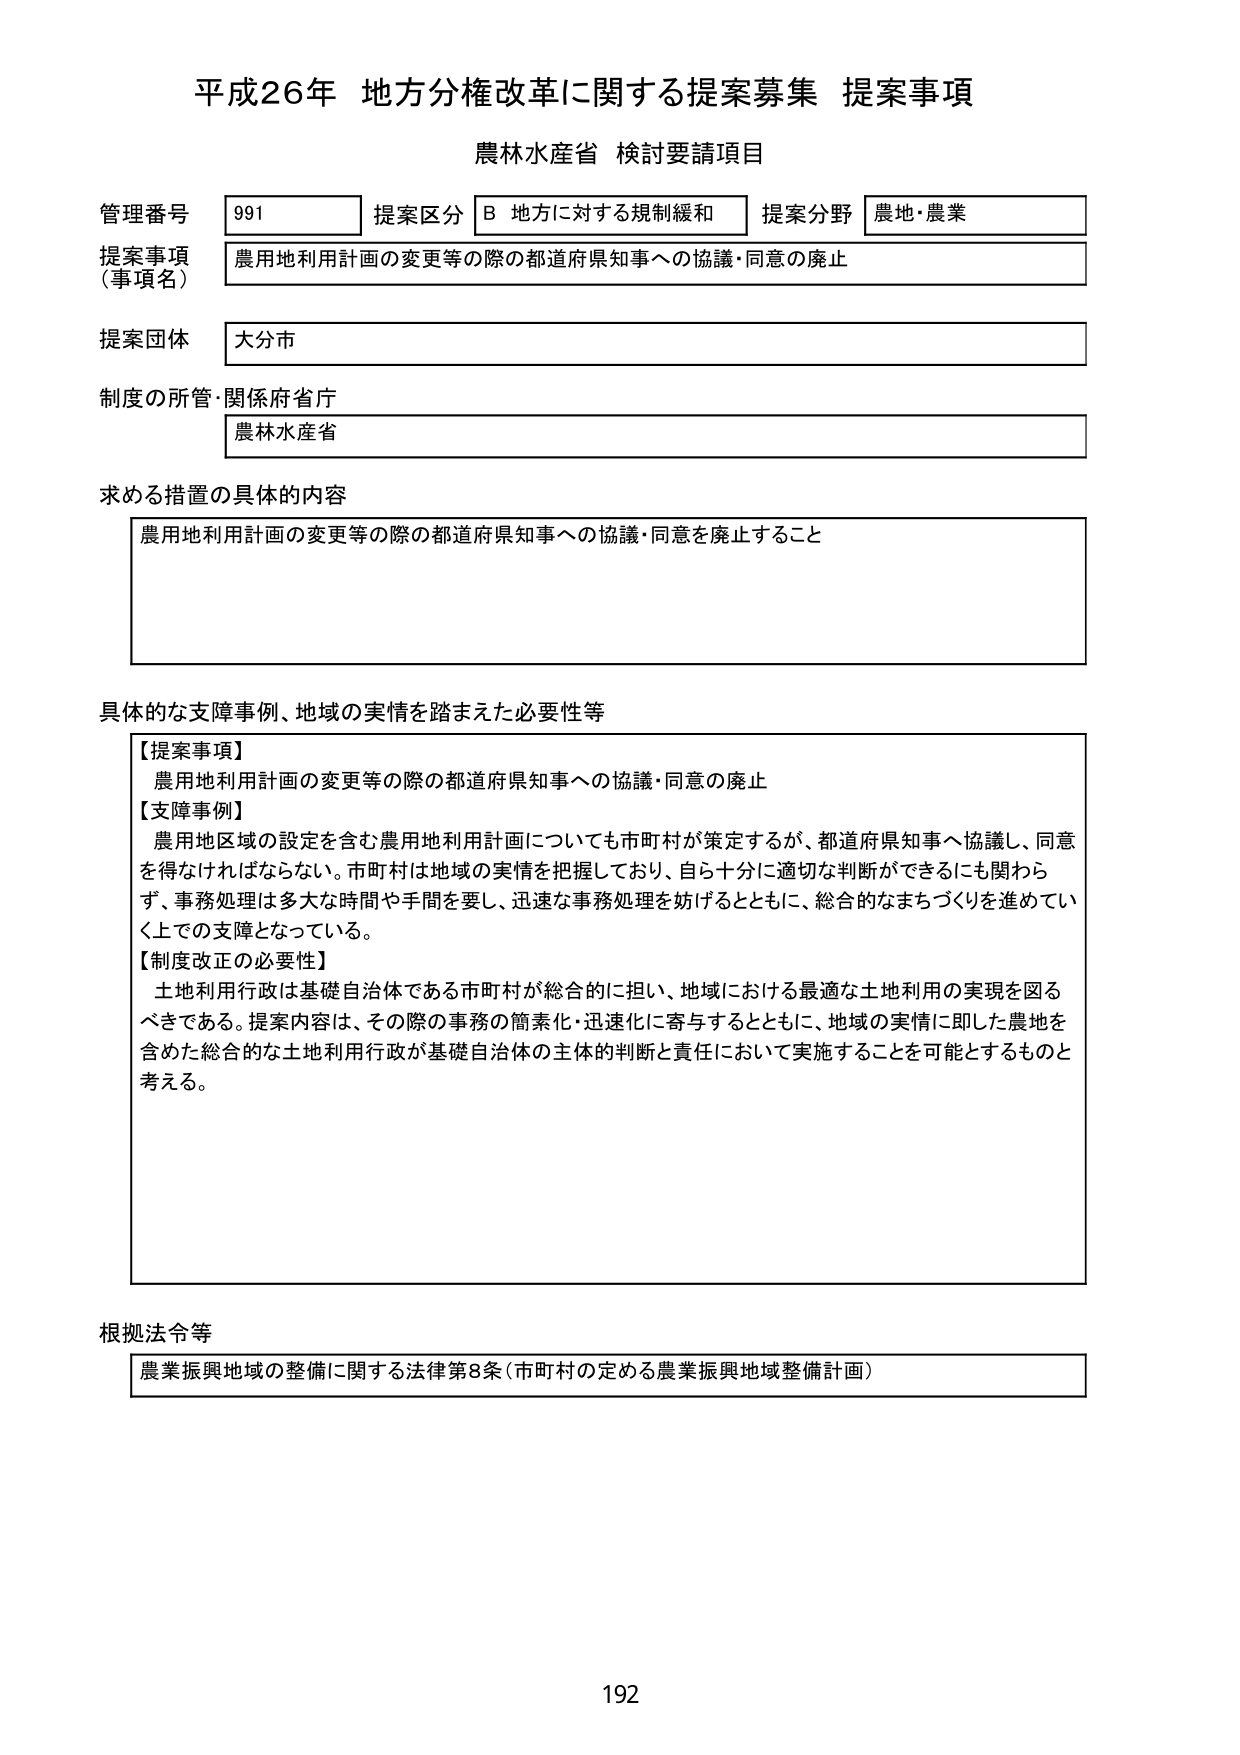
平成26年 地方分権改革に関する提案募集 提案事項
農林水産省 検討要請項目

管理番号 991 提案区分 B 地方に対する規制緩和 提案分野 農地・農業
提案事項（事項名） 農用地利用計画の変更等の際の都道府県知事への協議・同意の廃止
提案団体 大分市
制度の所管・関係府省庁 農林水産省

求める措置の具体的内容
農用地利用計画の変更等の際の都道府県知事への協議・同意を廃止すること

具体的な支障事例、地域の実情を踏まえた必要性等
【提案事項】
農用地利用計画の変更等の際の都道府県知事への協議・同意の廃止
【支障事例】
農用地区域の設定を含む農用地利用計画についても市町村が策定するが、都道府県知事へ協議し、同意を得なければならない。市町村は地域の実情を把握しており、自ら十分に適切な判断ができるにも関わらず、事務処理は多大な時間や手間を要し、迅速な事務処理を妨げるとともに、総合的なまちづくりを進めていく上での支障となっている。
【制度改正の必要性】
土地利用行政は基礎自治体である市町村が総合的に担い、地域における最適な土地利用の実現を図るべきである。提案内容は、その際の事務の簡素化・迅速化に寄与するとともに、地域の実情に即した農地を含めた総合的な土地利用行政が基礎自治体の主体的判断と責任において実施することを可能とするものと考える。

根拠法令等
農業振興地域の整備に関する法律第8条（市町村の定める農業振興地域整備計画）

192